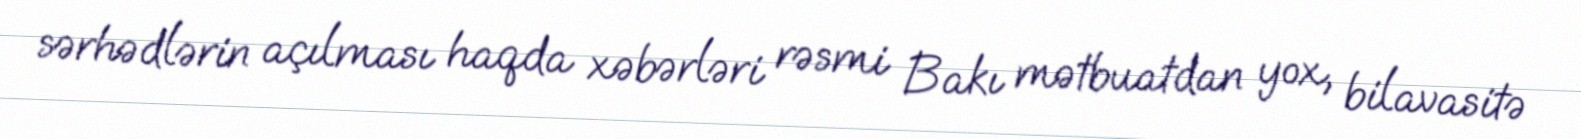
sərhədlərin açılması haqda xəbərləri rəsmi Bakı mətbuatdan yox, bilavasitə